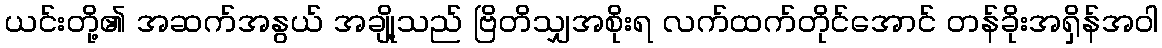
ယင်းတို့၏ အဆက်အနွယ် အချို့သည် ဗြိတိသျှအစိုးရ လက်ထက်တိုင်အောင် တန်ခိုးအရှိန်အဝါ